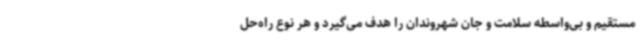
مستقیم و بی‌واسطه سلامت و جان شهروندان را هدف می‌گیرد و هر نوع راه‌حل